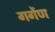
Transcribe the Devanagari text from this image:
गर्गेण